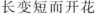
长变短而开花